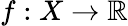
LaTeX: f:X\to\mathbb{R}